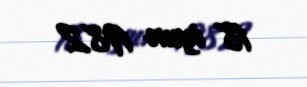
18 iyun 1982